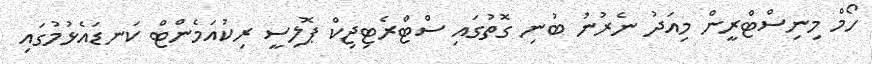
ހޯމް މިނިސްޓްރީން މިއަދު ނެރުނު ބުނި ގޮތުގައި ސްޓްރެޓިޖިކް ޕޮލިސީ ރިކުއަމެންޓް ކަނޑައެޅުމުގައި